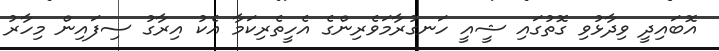
އޮބައިދީ ވިދާޅުވި ގޮތުގައި ޝީއީ ހަނގުރާމަވެރިންގެ އެހީތެރިކަމާ އެކު އިރާގު ސިފައިން މިހާރު